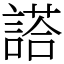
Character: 𬢿